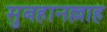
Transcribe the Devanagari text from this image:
सुबहानल्लाह